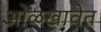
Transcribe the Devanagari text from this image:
ओळखावेत